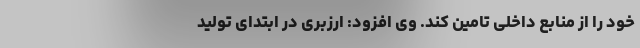
خود را از منابع داخلی تامین کند. وی افزود: ارزبری در ابتدای تولید